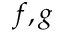
f , g